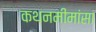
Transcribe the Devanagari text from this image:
कथनमीमांसा